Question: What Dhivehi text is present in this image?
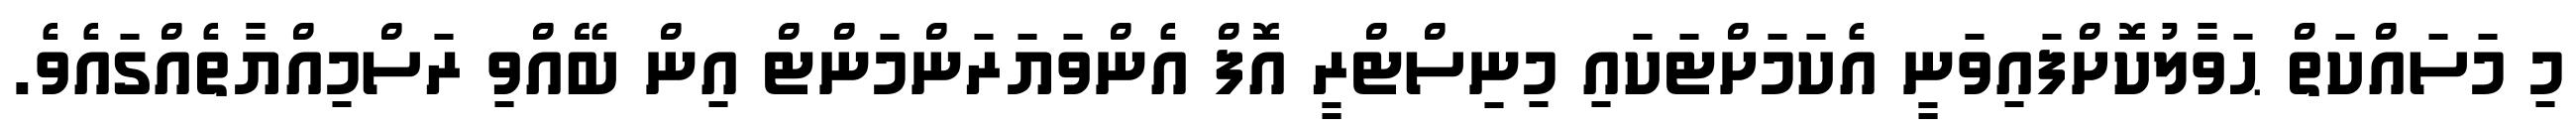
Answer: މި މަސައްކަތް ޙަވާލުކޮށްފައިވަނީ އެކަމަށްޓަކައި މިނިސްޓްރީ އޮފް އެންވަޔަރަންމަންޓް އިން ބޭއްވި ރަސްމިއްޔާތެއްގައެވެ.